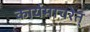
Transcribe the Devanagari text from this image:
कार्यमाचरेत्